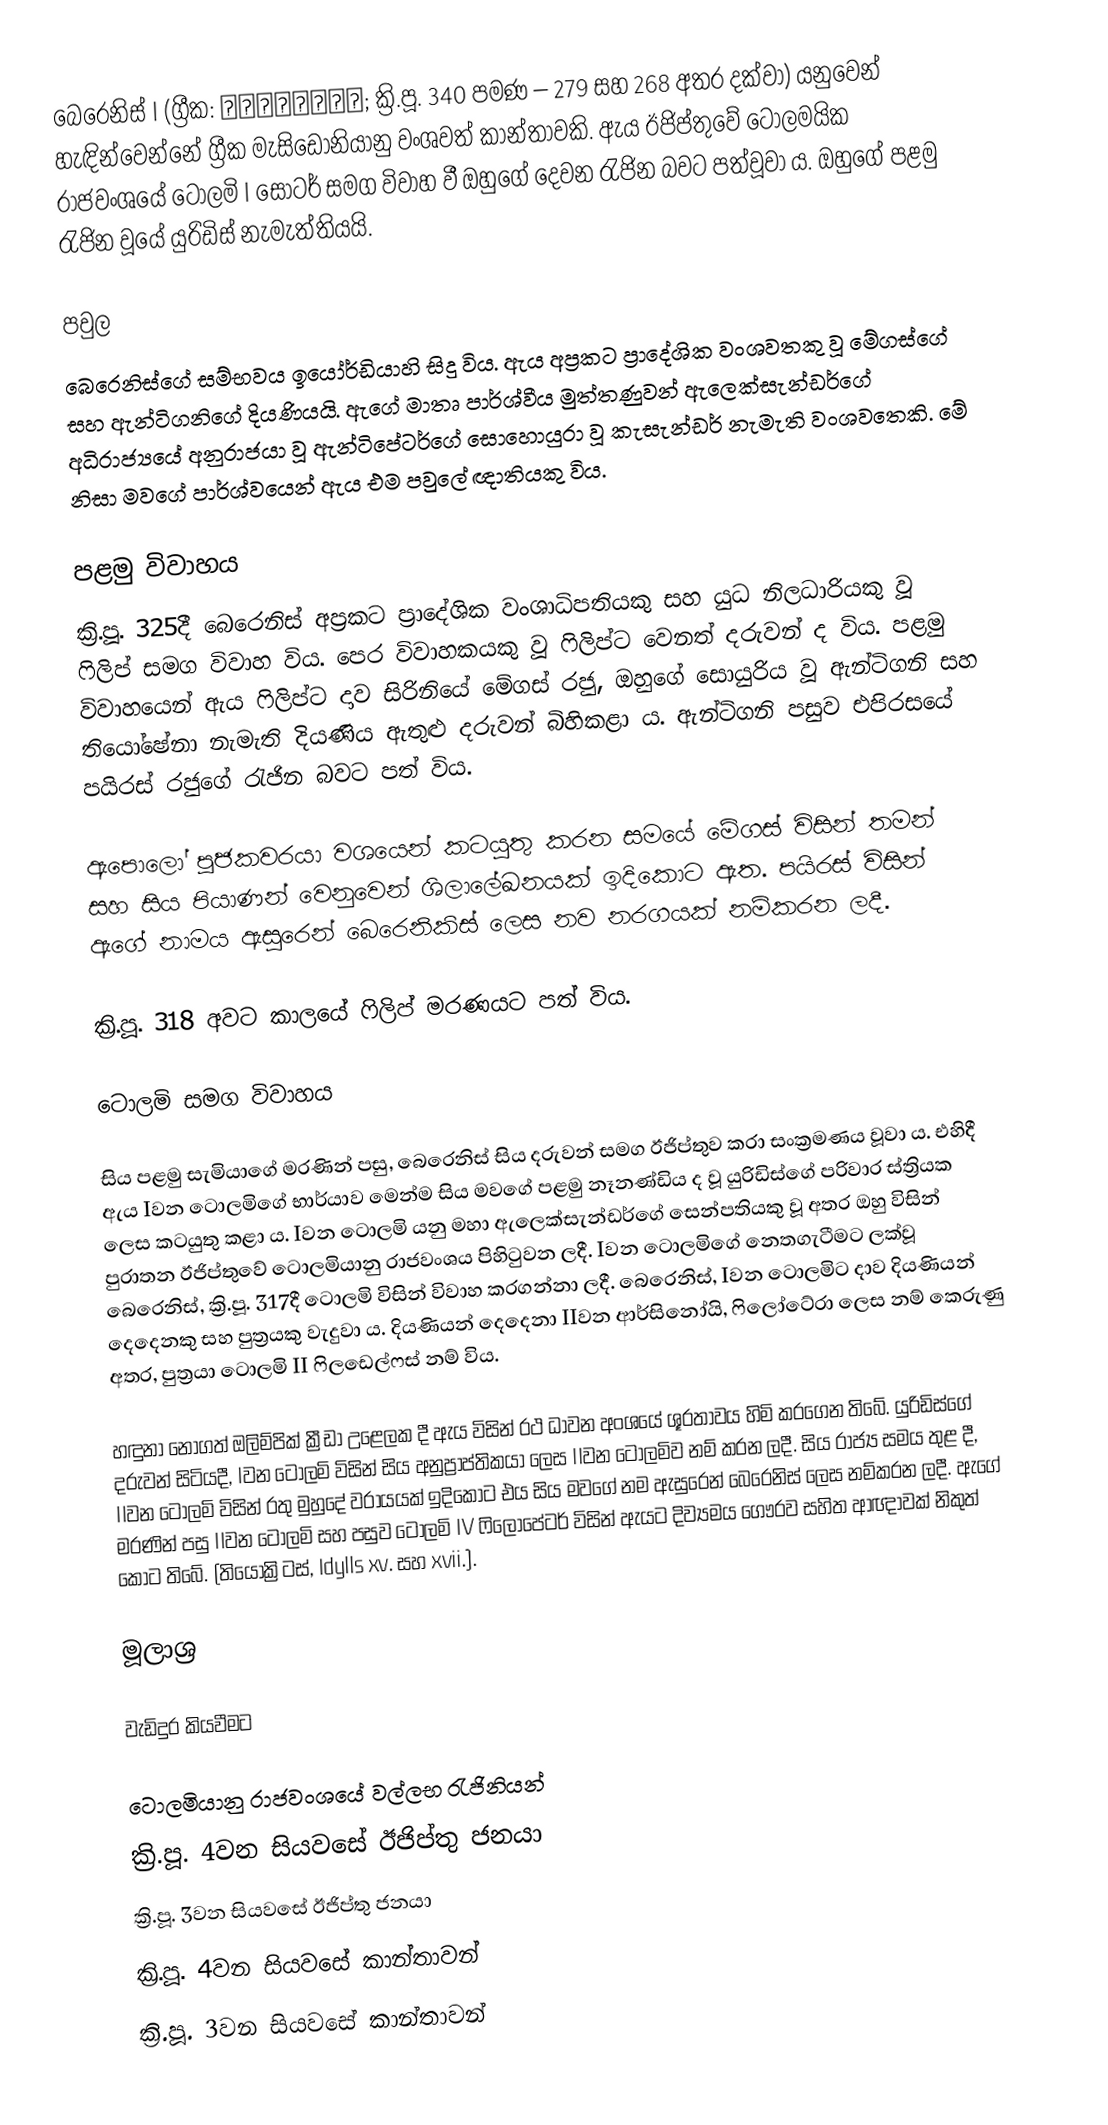
බෙරෙනිස් I (ග්‍රීක: Βερενίκη; ක්‍රි.පූ. 340 පමණ – 279 සහ 268 අතර දක්වා) යනුවෙන් හැඳින්වෙන්නේ ග්‍රීක මැසිඩෝනියානු වංශවත් කාන්තාවකි. ඇය ඊජිප්තුවේ ටොලමයික රාජවංශයේ ටොලමි I සෝටර් සමග විවාහ වී ඔහුගේ දෙවන රැජින බවට පත්වූවා ය. ඔහුගේ පළමු රැජින වූයේ යුරිඩිස් නැමැත්තියයි‍.

පවුල
බෙරෙනිස්ගේ සම්භවය ඉයෝර්ඩියාහි සිදු විය. ඇය අප්‍රකට ප්‍රාදේශික වංශවතකු වූ මේගස්ගේ සහ ඇන්ටිගනිගේ දියණියයි. ඇගේ මාතෘ පාර්ශ්වීය මුත්තණුවන් ඇලෙක්සැන්ඩර්ගේ අධිරාජ්‍යයේ අනුරාජයා වූ ඇන්ටිපේටර්ගේ සොහොයුරා වූ කැසැන්ඩර් නැමැති වංශවතෙකි. මේ නිසා මවගේ පාර්ශ්වයෙන් ඇය එම පවු‍ලේ ඥාතියකු විය.

පළමු විවාහය
ක්‍රි.පූ. 325දී බෙරෙනිස් අප්‍රකට ප්‍රාදේශික වංශාධිපතියකු සහ යුධ නිලධාරියකු වූ ෆිලිප් සමග විවාහ විය. පෙර විවාහකයකු වූ ෆිලිප්ට වෙනත් දරුවන් ද විය. පළමු විවාහයෙන් ඇය ෆිලිප්ට දාව සිරිනියේ මේගස් රජු, ඔහුගේ සොයුරිය වූ ඇන්ටිගනි සහ තියෝෂේනා නැමැති දියණිය ඇතුළු දරුවන් බිහිකළා ය. ඇන්ටිගනි පසුව එපිරසයේ පයිරස් රජුගේ රැජින බවට පත් විය.

ඇපොලෝ පූජකවරයා වශයෙන් කටයුතු කරන සමයේ මේගස් විසින් තමන් සහ සිය පියාණන් වෙනුවෙන් ශිලාලේඛනයක් ඉදිකොට ඇත. පයිරස් විසින් ඇගේ නාමය ඇසුරෙන් බෙරෙනිකිස් ලෙස නව නරගයක් නම්කරන ලදී.

ක්‍රි.පූ. 318 අවට කාලයේ ෆිලිප් මරණයට පත් විය.

ටොලමි සමග විවාහය

සිය පළමු සැමියාගේ මරණින් පසු, බෙරෙනිස් සිය දරුවන් සමග ඊජිප්තුව කරා සංක්‍රමණය වූවා ය. එහිදී ඇය Iවන ටොලමිගේ භාර්යාව මෙන්ම සිය මවගේ පළමු නෑනණ්ඩිය ද වූ යුරිඩිස්ගේ පරිවාර ස්ත්‍රියක ලෙස කටයුතු කළා ය. Iවන ටොලමි යනු මහා ඇලෙක්සැන්ඩර්ගේ සෙන්පතියකු වූ අතර ඔහු විසින් පුරාතන ඊජිප්තුවේ ටොලමියානු රාජවංශය පිහිටුවන ලදී. Iවන ටොලමිගේ නෙතගැටීමට ලක්වූ බෙරෙනිස්, ක්‍රි.පූ. 317දී ටොලමි විසින් විවාහ කරගන්නා ලදී. බෙරෙනිස්, Iවන ටොලමිට දාව දියණියන් දෙදෙනකු සහ පුත්‍රයකු වැදුවා ය. දියණියන් දෙදෙනා IIවන ආර්සිනෝයි, ෆිලෝටේරා ලෙස නම් කෙරුණු අතර, පුත්‍රයා ටොලමි II ෆිලඩෙල්ෆස් නම් විය.

හඳුනා නොගත් ඔලිම්පික් ක්‍රීඩා උළෙලක දී ඇය විසින් රථ ධාවන අංශයේ ශූරතාවය හිමි කරගෙන තිබේ. යුරිඩිස්ගේ දරුවන් සිටියදී, Iවන ටොලමි විසින් සිය අනුප්‍රාප්තිකයා ලෙස IIවන ටොලමිව නම් කරන ලදී. සිය රාජ්‍ය සමය තුළ දී, IIවන ටොලමි විසින් රතු මුහුදේ වරායයක් ඉදිකොට එය සිය මවගේ නම ඇසුරෙන් බෙරෙනිස් ලෙස නම්කරන ලදී. ඇගේ මරණින් පසු IIවන ටොලමි සහ පසුව ටොලමි IV ෆිලො‍පේටර් විසින් ඇයට දිව්‍යමය ගෞරව සහිත ආඥාවක් නිකුත් කොට තිබේ. (තියෝක්‍රිටස්, Idylls xv. සහ xvii.).

මූලාශ්‍ර

වැඩිදුර කියවීමට

ටොලමියානු රාජවංශයේ වල්ලභ රැජිනියන්
ක්‍රි.පූ. 4වන සියවසේ ඊජිප්තු ජනයා
ක්‍රි.පූ. 3වන සියවසේ ඊජිප්තු ජනයා
ක්‍රි.පූ. 4වන සියවසේ කාන්තාවන්
ක්‍රි.පූ. 3වන සියවසේ කාන්තාවන්